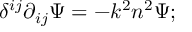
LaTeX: \delta ^ { i j } \partial _ { i j } \Psi = - k ^ { 2 } n ^ { 2 } \Psi ;